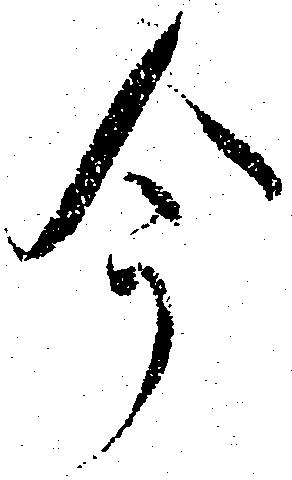
今